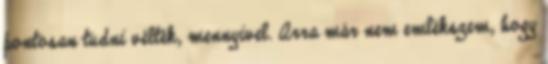
pontosan tudni vélték, mennyivel. Arra már nem emlékszem, hogy